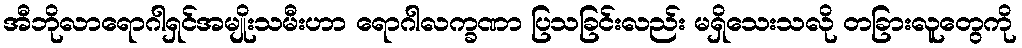
အီဘိုလာရောဂါရှင်အမျိုးသမီးဟာ ရောဂါလက္ခဏာ ပြသခြင်းလည်း မရှိသေးသလို တခြားလူတွေကို